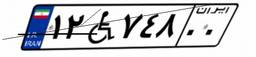
۱۲W۷۴۸۰۰